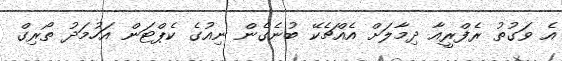
އެ ވަގުތު ރެފްރީއާ ދިމާލަށް އެއްޗެކޭ ބުނެގެން ނިއުގެ ކެޕްޓަން އަހުމަދު ތޯރިގް